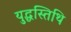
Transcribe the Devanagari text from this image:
युद्धस्तिथि